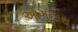
આગનાથ